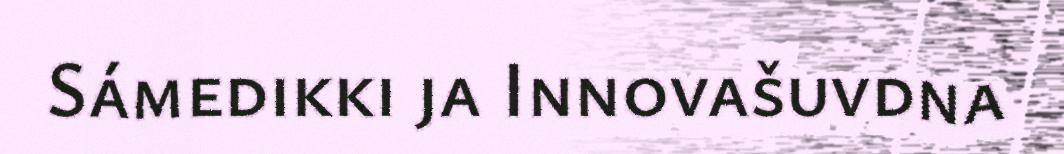
Sámedikki ja Innovašuvdna